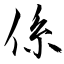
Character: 係